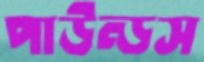
পাউন্ডস